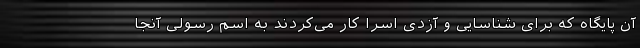
آن پایگاه که برای شناسایی و آزدی اسرا کار می‌کردند به اسم رسولی آنجا